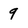
Character: 9